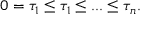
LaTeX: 0 = \tau _ { 1 } \leq \tau _ { 1 } \leq . . . \leq \tau _ { n } .